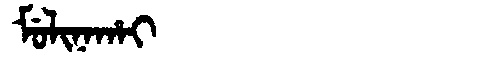
Manchu: ᠮᡠᠯᡳᠨᠠᡥᠠᡳ
Romanization: MULINAHAI